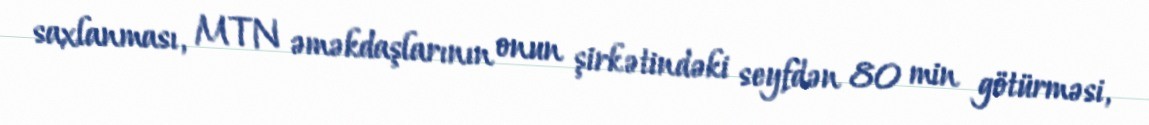
saxlanması, MTN əməkdaşlarının onun şirkətindəki seyfdən 80 min götürməsi,